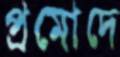
প্রমোদে